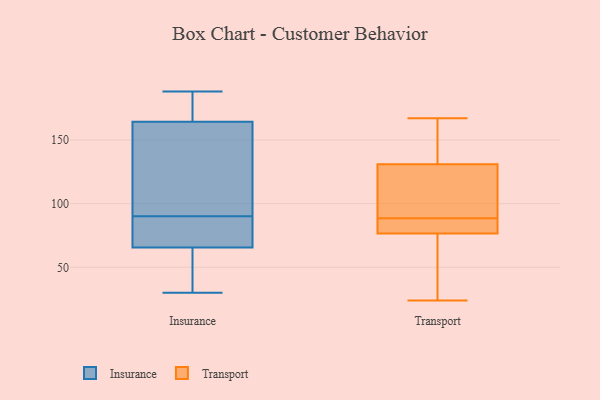
{"axis": {"x": "Churn Rate (%)", "y": "Value"}, "legend": ["Insurance", "Transport"], "data": [{"x": "", "y": 143, "type": "Insurance"}, {"x": "", "y": 178, "type": "Insurance"}, {"x": "", "y": 137, "type": "Insurance"}, {"x": "", "y": 37, "type": "Insurance"}, {"x": "", "y": 175, "type": "Insurance"}, {"x": "", "y": 141, "type": "Insurance"}, {"x": "", "y": 188, "type": "Insurance"}, {"x": "", "y": 61, "type": "Insurance"}, {"x": "", "y": 79, "type": "Insurance"}, {"x": "", "y": 162, "type": "Insurance"}, {"x": "", "y": 83, "type": "Insurance"}, {"x": "", "y": 165, "type": "Insurance"}, {"x": "", "y": 85, "type": "Insurance"}, {"x": "", "y": 85, "type": "Insurance"}, {"x": "", "y": 181, "type": "Insurance"}, {"x": "", "y": 90, "type": "Insurance"}, {"x": "", "y": 43, "type": "Insurance"}, {"x": "", "y": 30, "type": "Insurance"}, {"x": "", "y": 38, "type": "Insurance"}, {"x": "", "y": 103, "type": "Transport"}, {"x": "", "y": 86, "type": "Transport"}, {"x": "", "y": 57, "type": "Transport"}, {"x": "", "y": 83, "type": "Transport"}, {"x": "", "y": 167, "type": "Transport"}, {"x": "", "y": 147, "type": "Transport"}, {"x": "", "y": 133, "type": "Transport"}, {"x": "", "y": 153, "type": "Transport"}, {"x": "", "y": 85, "type": "Transport"}, {"x": "", "y": 75, "type": "Transport"}, {"x": "", "y": 46, "type": "Transport"}, {"x": "", "y": 24, "type": "Transport"}, {"x": "", "y": 78, "type": "Transport"}, {"x": "", "y": 129, "type": "Transport"}, {"x": "", "y": 91, "type": "Transport"}, {"x": "", "y": 116, "type": "Transport"}]}